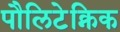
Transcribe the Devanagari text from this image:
पौलिटेक्निक